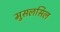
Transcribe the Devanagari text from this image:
मुसलसिल